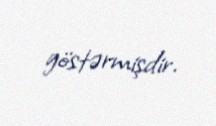
göstərmişdir.